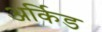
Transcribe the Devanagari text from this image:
अर्किड